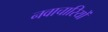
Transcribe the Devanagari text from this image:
नवाचारियों